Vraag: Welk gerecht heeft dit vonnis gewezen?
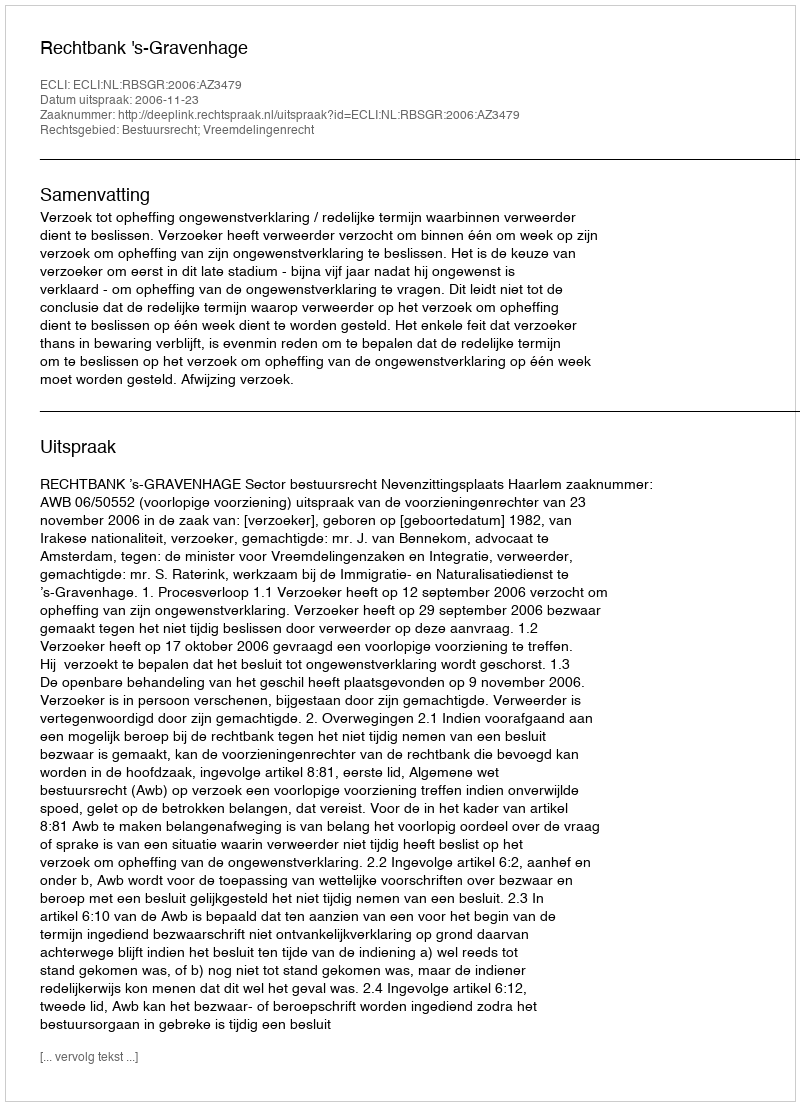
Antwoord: Rechtbank 's-Gravenhage